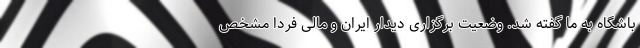
باشگاه به ما گفته شد‌. وضعیت برگزاری دیدار ایران و مالی فردا مشخص